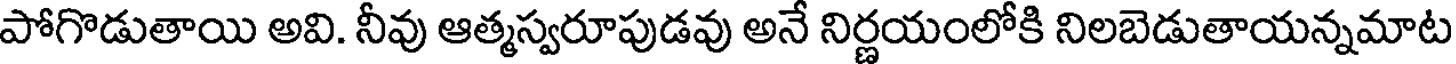
పోగొడుతాయి అవి. నీవు ఆత్మస్వరూపుడవు అనే నిర్ణయంలోకి నిలబెడుతాయన్నమాట